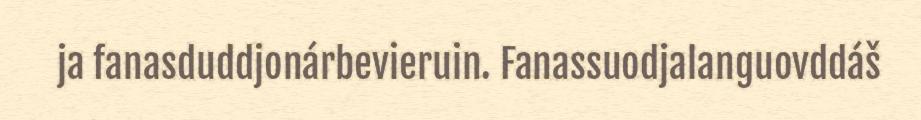
ja fanasduddjonárbevieruin. Fanassuodjalanguovddáš